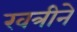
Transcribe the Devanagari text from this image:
खत्रीने